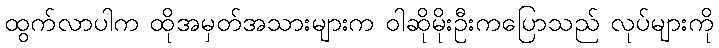
ထွက်လာပါက ထိုအမှတ်အသားများက ဝါဆိုမိုးဦးကပြောသည် လုပ်များကို